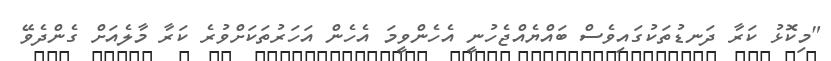
"މިކޮޅު ކަރާ ދަނޑުތަކުގައިވެސް ބައްޔެއްޖެހުނީ އެހެންވީމަ އެެހެން އަހަރުތަކަށްވުރެ ކަރާ މާލެއަށް ގެންދެވޭ